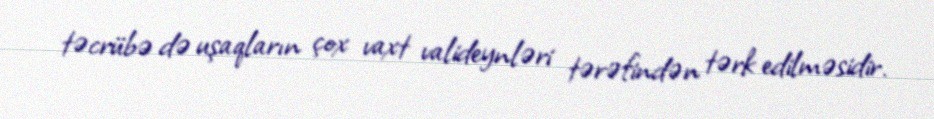
təcrübə də uşaqların çox vaxt valideynləri tərəfindən tərk edilməsidir.